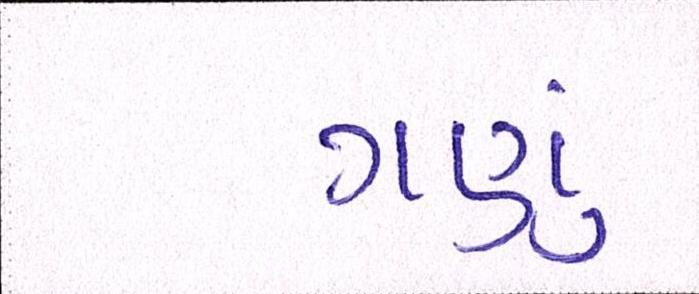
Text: ગણું